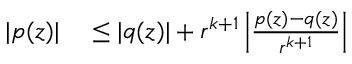
\begin{array} { r l } { | p ( z ) | } & { { } \leq | q ( z ) | + r ^ { k + 1 } \left| { \frac { p ( z ) - q ( z ) } { r ^ { k + 1 } } } \right| } \end{array}